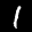
Label: 1